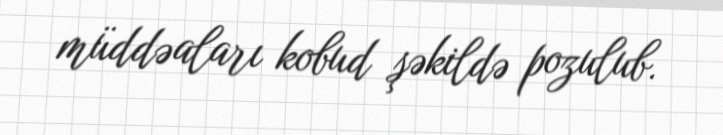
müddəaları kobud şəkildə pozulub.